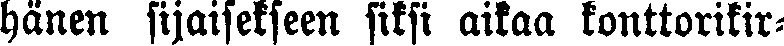
hänen sijaisekseen siksi aikaa konttorikir-